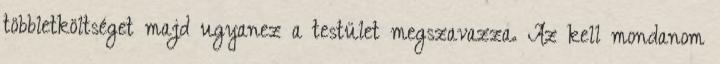
többletköltséget majd ugyanez a testület megszavazza. Az kell mondanom